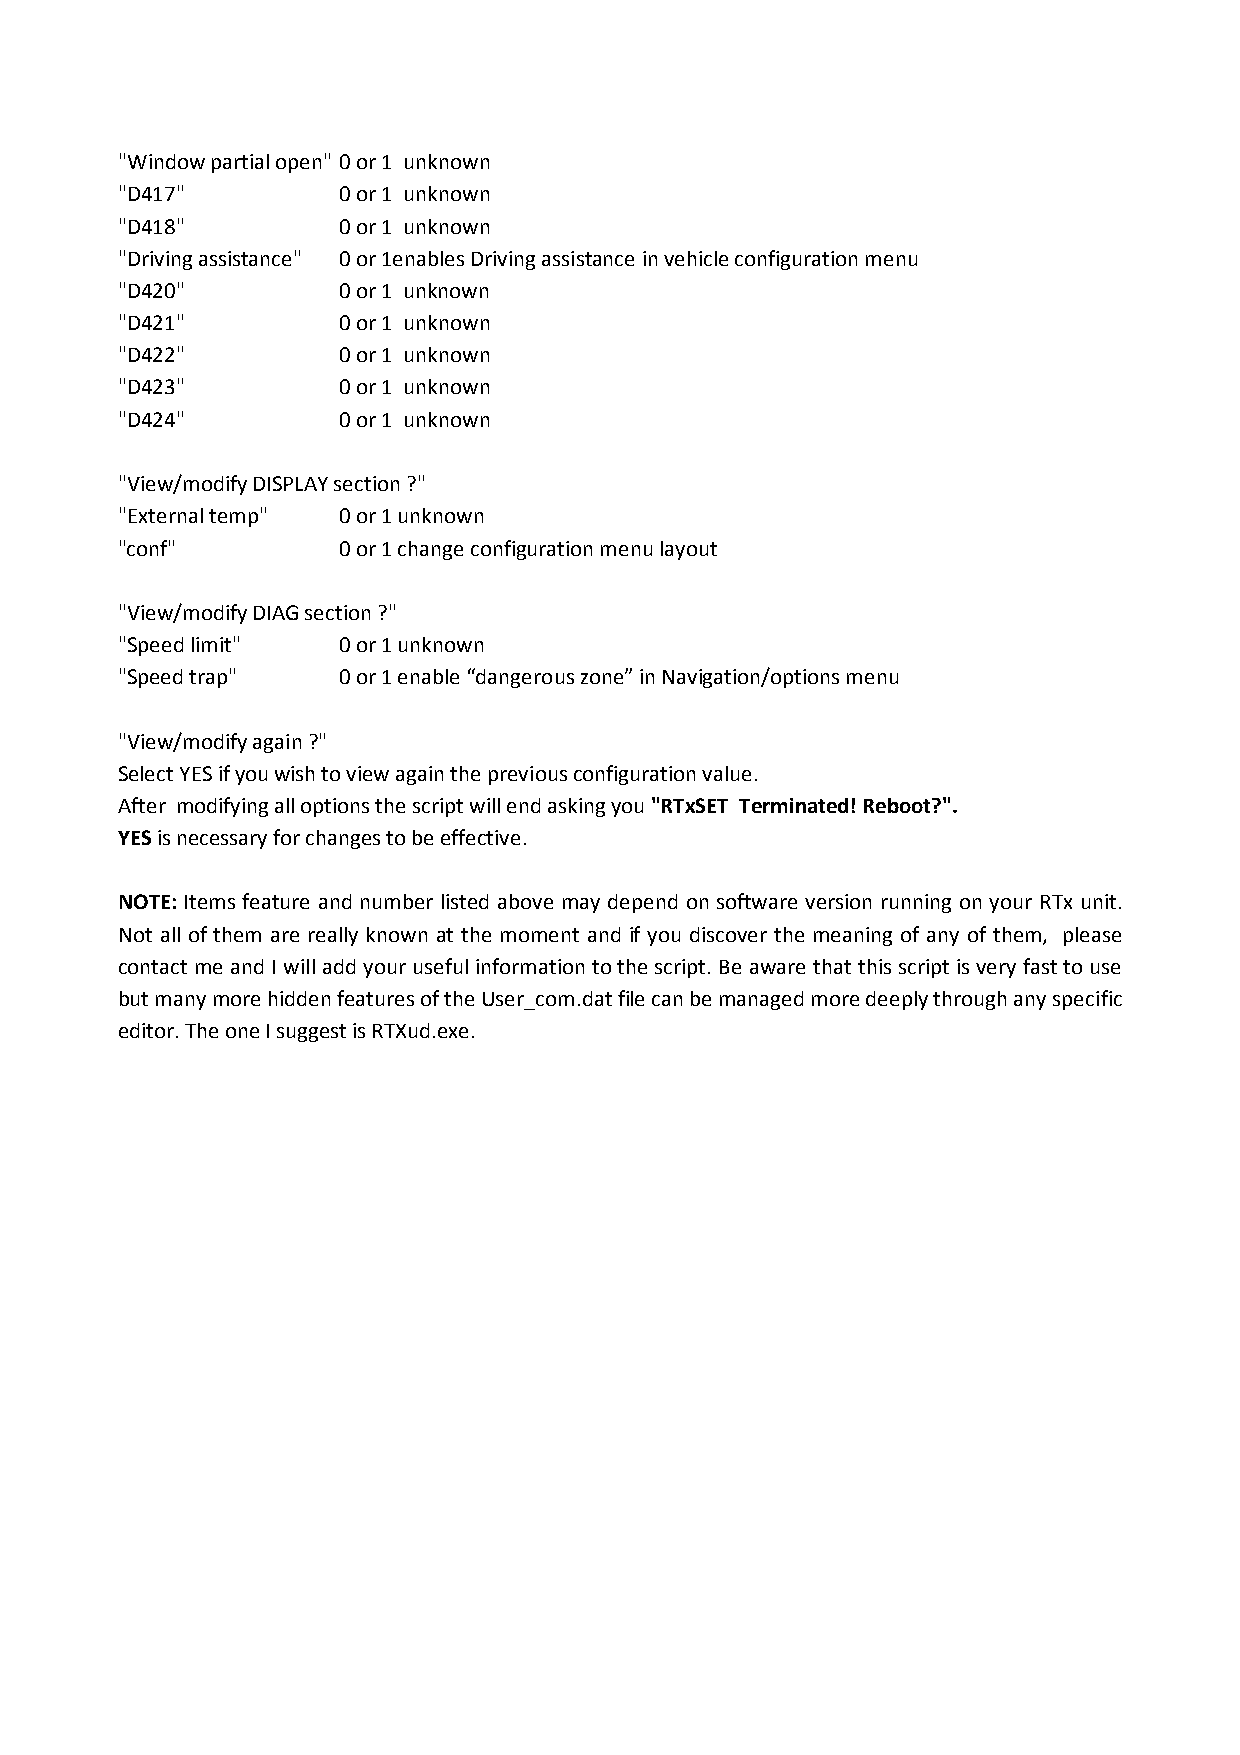
"Window partial open" 0 or 1 unknown
 "D417"        0 or 1 unknown
 "D418"        0 or 1 unknown
 "Driving assistance" 0 or 1enables Driving assistance in vehicle configuration menu
 "D420"        0 or 1 unknown
 "D421"        0 or 1 unknown
 "D422"        0 or 1 unknown
 "D423"        0 or 1 unknown
 "D424"        0 or 1 unknown
 "View/modify DISPLAY section ?"
 "External temp" 0 or 1 unknown
 "conf"        0 or 1 change configuration menu layout
 "View/modify DIAG section ?"
 "Speed limit" 0 or 1 unknown
 "Speed trap"  0 or 1 enable “dangerous zone” in Navigation/options menu
 "View/modify again ?"
 Select YES if you wish to view again the previous configuration value.
 After modifying all options the script will end asking you "RTxSET Terminated! Reboot?".
 YES is necessary for changes to be effective.
 NOTE: Items feature and number listed above may depend on software version running on your RTx unit.
 Not all of them are really known at the moment and if you discover the meaning of any of them, please
 contact me and I will add your useful information to the script. Be aware that this script is very fast to use
 but many more hidden features of the User_com.dat file can be managed more deeply through any specific
 editor. The one I suggest is RTXud.exe.